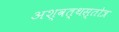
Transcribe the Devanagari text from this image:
अश्वत्थस्तोत्र